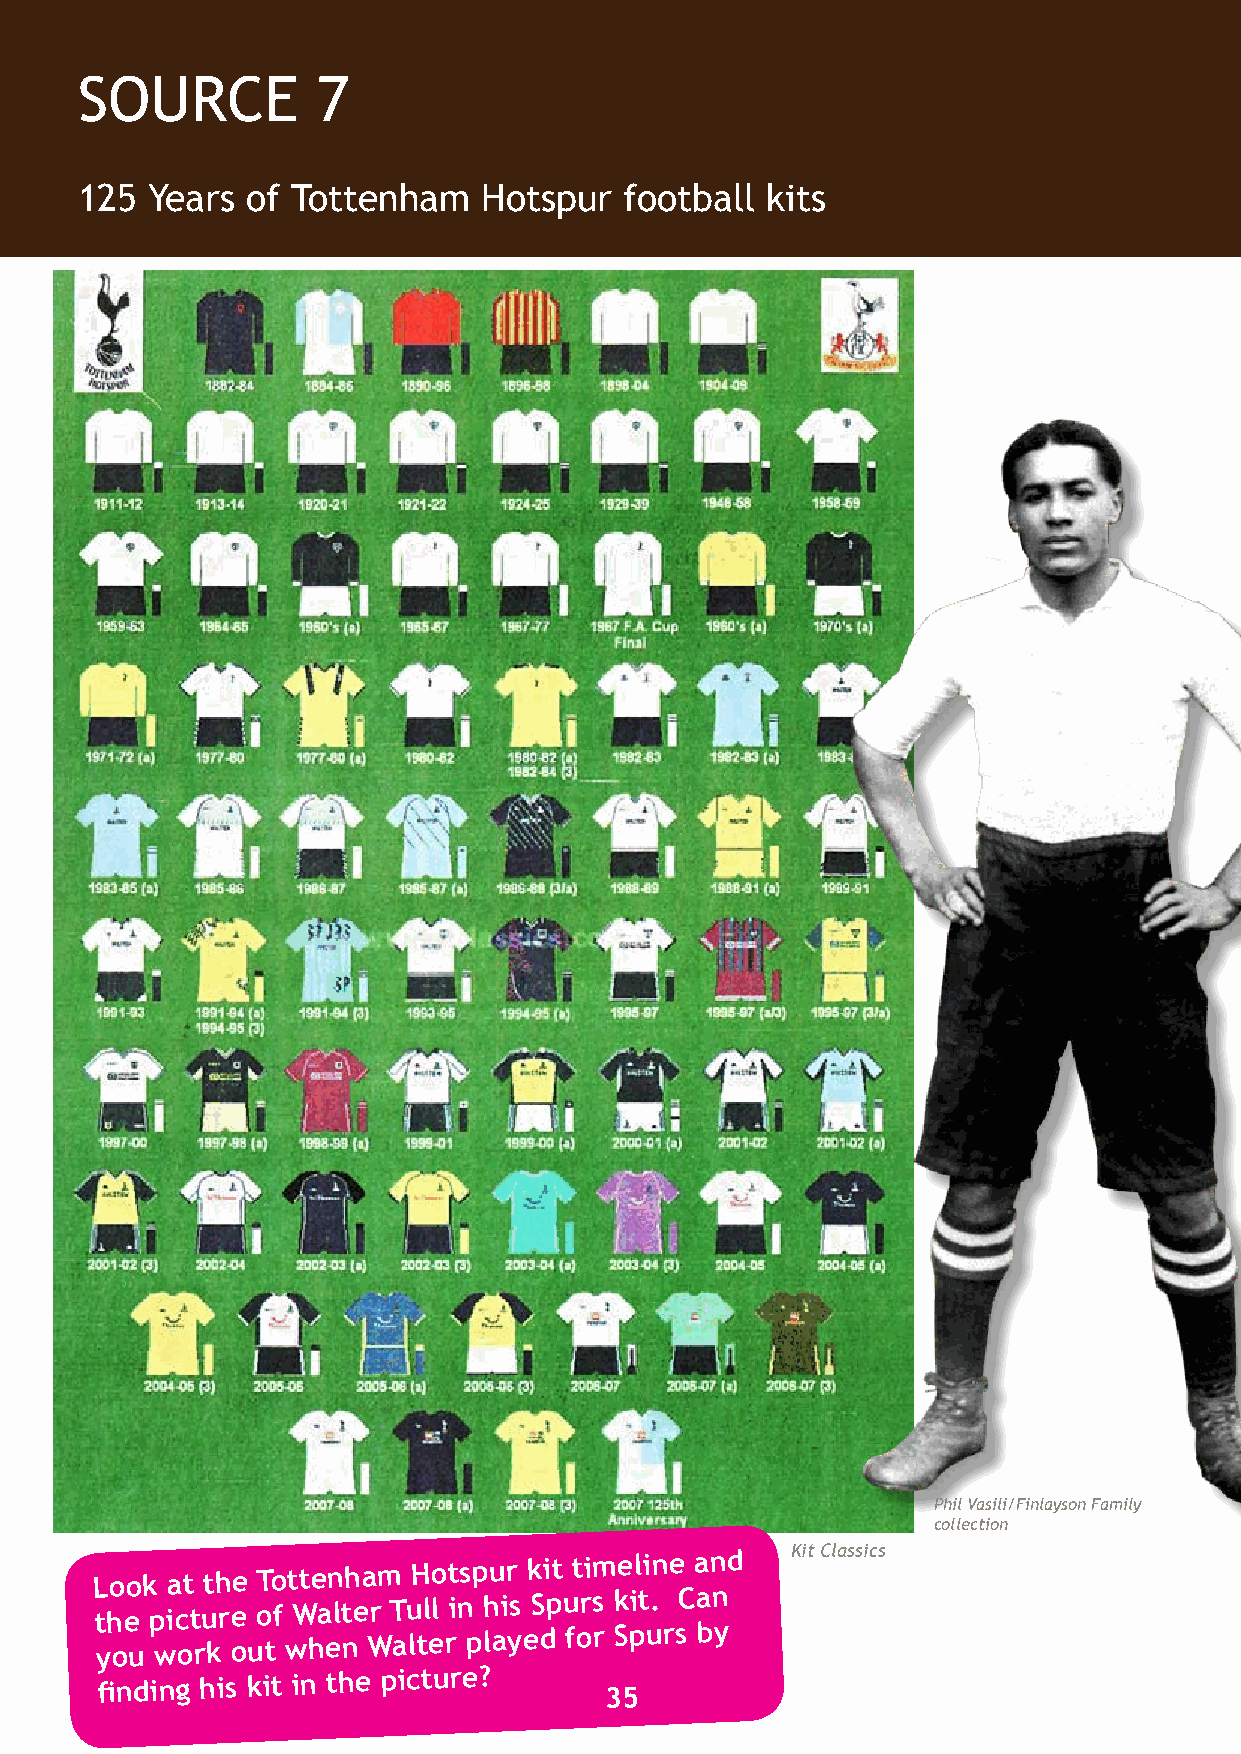
SOURCE          7                                                                 SOURCE          8
 125  Years of Tottenham    Hotspur  football  kits                                Spurs  visit Argentina
 Argentinian flag
 Picture of Tottenham Hotspur in
 The Buenos Aires Herald.
 Phil Vasili
 The letter, on the right, was written
 by Walter Tull to Mr Morgan from the
 Bonner Road orphanage, whilst on
 his trip to Argentina with Tottenham
 Letter from Walter Tull
 Hotspur, dated May 26th,1909.
 Whilst on his trip to Argentina with
 Below is an extract from the letter.
 Spurs. Phil Vasili/Finlayson Family collection
 “The heat for the last week or so
 has been awful. I think I had
 a touch of sunstroke and felt
 very queer for a few days. It
 Phil Vasili/Finlayson Family is getting cooler now, although
 collection
 Look at the
 Tottenham Hotspur kit timeline and
 Kit Classics                        w yee
 s
 o tn erl dy
 a
 “ yc .r ”ossed the line”
 the picture of Walter Tull in his Spurs kit. Can
 you work out when Walter played for Spurs by
 finding his kit in the picture?
 35                                                                                36